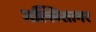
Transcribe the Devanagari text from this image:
मल्लिसागर